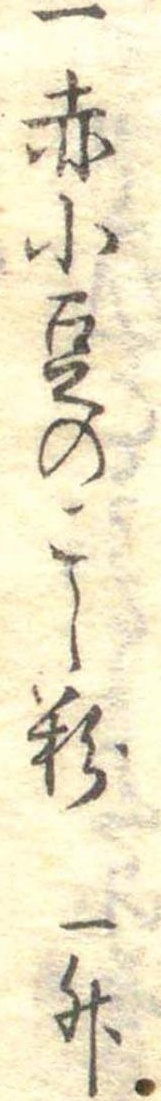
一赤小豆のこし粉一升